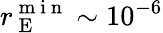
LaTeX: r_{\mathrm{~E~}}^{\mathrm{~m~i~n~}}\sim 10^{-6}